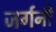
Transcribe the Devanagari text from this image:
जर्गनी